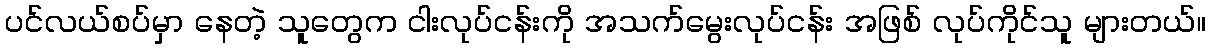
ပင်လယ်စပ်မှာ နေတဲ့ သူတွေက ငါးလုပ်ငန်းကို အသက်မွေးလုပ်ငန်း အဖြစ် လုပ်ကိုင်သူ များတယ်။